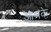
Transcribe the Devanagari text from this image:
आश्रके